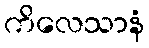
ကိလေသာနံ